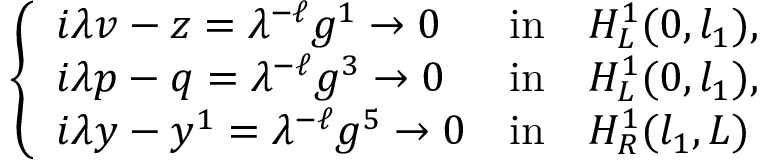
\left\{ \begin{array} { l l l } { i { \lambda } v - z = { \lambda } ^ { - \ell } g ^ { 1 } \to 0 } & { \mathrm { i n } } & { H _ { L } ^ { 1 } ( 0 , l _ { 1 } ) , } \\ { i { \lambda } p - q = { \lambda } ^ { - \ell } g ^ { 3 } \to 0 } & { \mathrm { i n } } & { H _ { L } ^ { 1 } ( 0 , l _ { 1 } ) , } \\ { i { \lambda } y - y ^ { 1 } = { \lambda } ^ { - \ell } g ^ { 5 } \to 0 } & { \mathrm { i n } } & { H _ { R } ^ { 1 } ( l _ { 1 } , L ) } \end{array} \right.